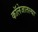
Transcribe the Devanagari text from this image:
कॉलेजातल्या